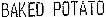
BAKED POTATO